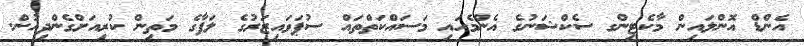
އެންޑް އޮންލައިން މާކެޓިންގ ސެކްޝަނުގެ އެންމެހައި މަސައްކަތްތައް ސުޕަވައިޒަރުގެ ލަފާގެ މަތިން ކުރިއަށްގެންދިއުން.